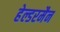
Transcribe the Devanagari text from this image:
हेल्डरमैन